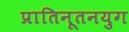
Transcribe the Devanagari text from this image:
प्रातिनूतनयुग